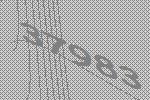
37983